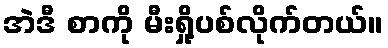
အဲဒီ စာကို မီးရှို့ပစ်လိုက်တယ်။